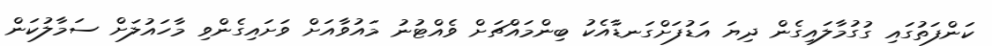
ކަންފަތުގައި ގުގުމާލައިގެން ދިޔަ އަޑުފަށްގަނޑާއެކު ބިންމައްޗަށް ވެއްޓުނު މައުވާއަށް ވަށައިގެންވި މާހައުލަށް ސަމާލުކަން